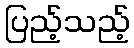
ပြည့်သည့်